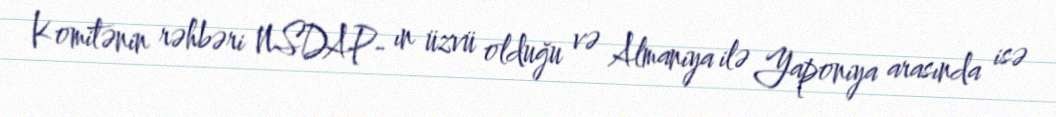
Komitənin rəhbəri NSDAP- ın üzvü olduğu və Almaniya ilə Yaponiya arasında isə